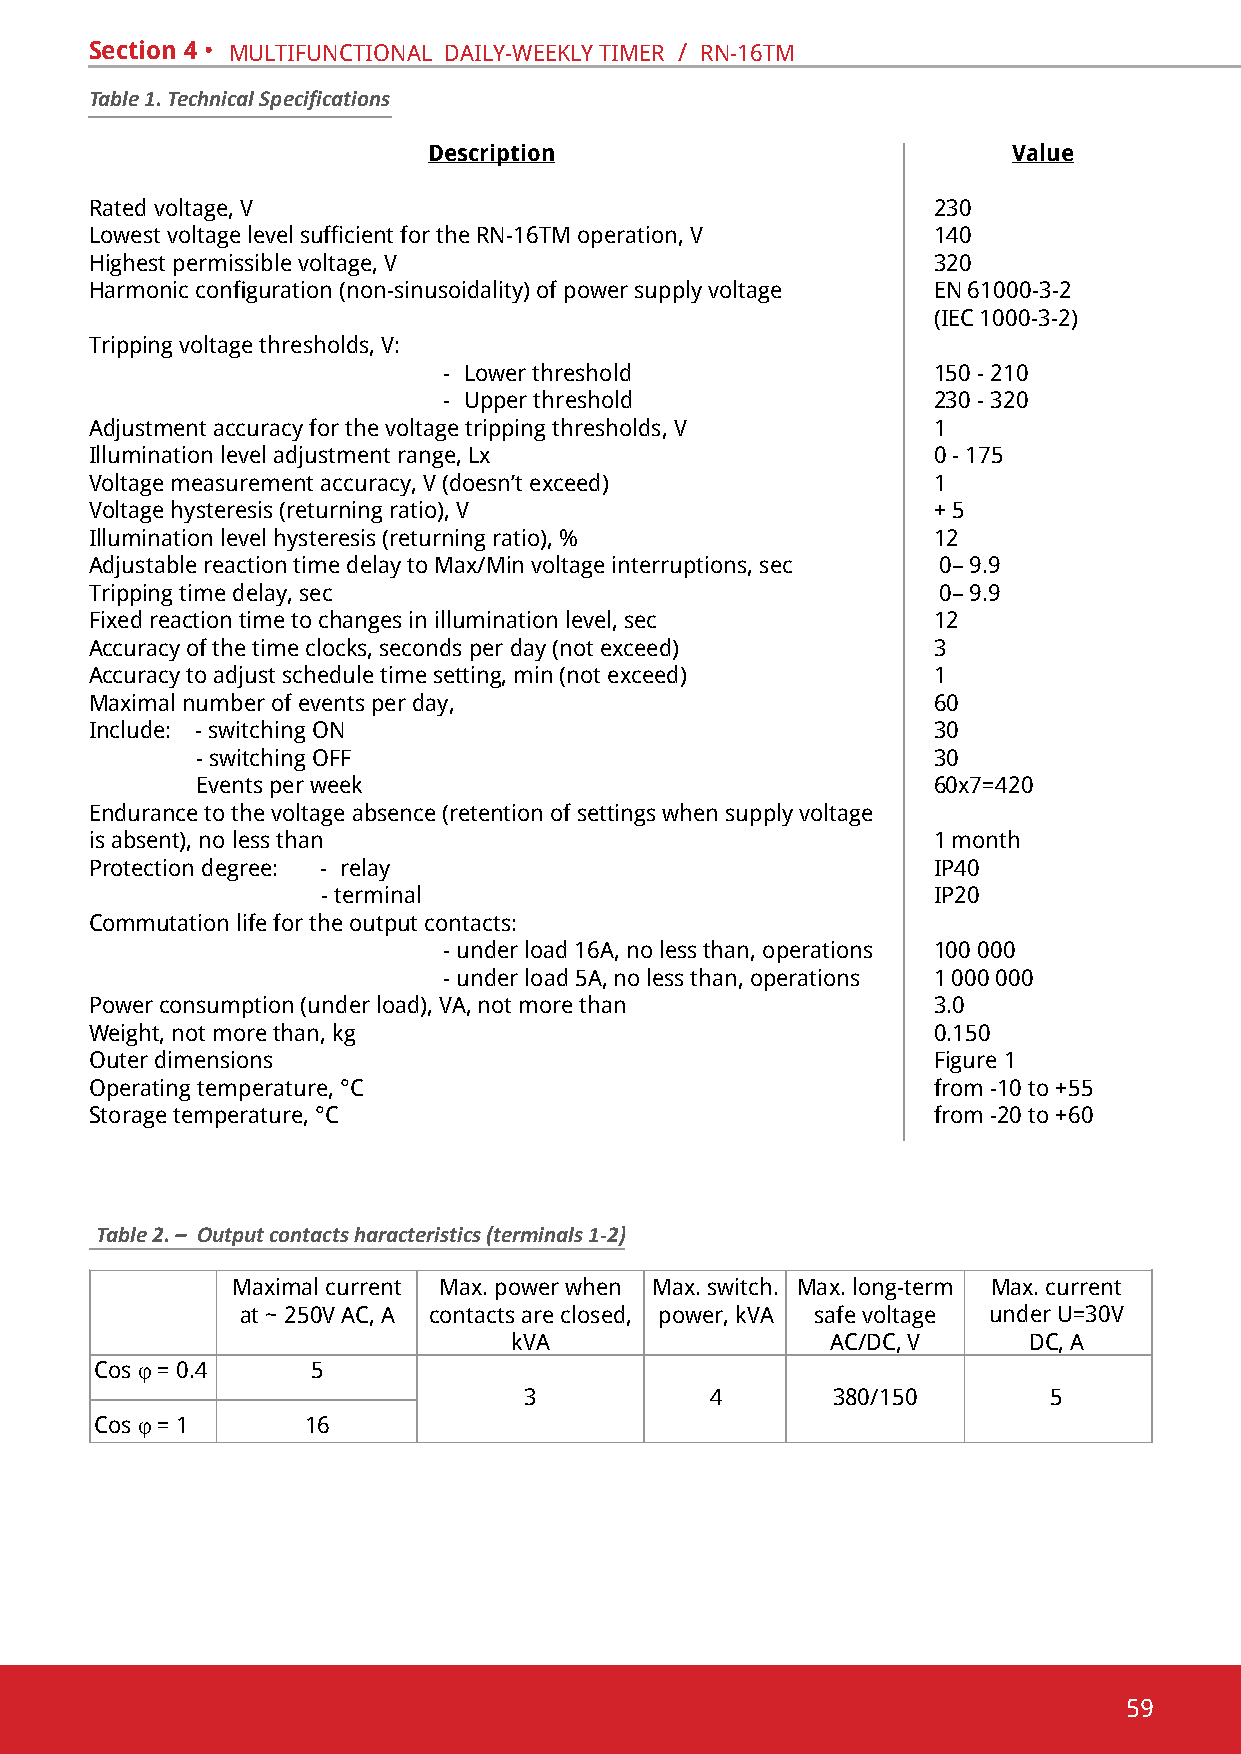
Section 4 • multifunctional dailY-WeeKlY timeR / Rn-16tm
 Table 1. Technical Specifications
 Description                            Value
 Rated voltage, v                                        230
 Lowest voltage level sufficient for the RN-16TM operation, V 140
 highest permissible voltage, v                          320
 Harmonic configuration (non-sinusoidality) of power supply voltage en 61000-3-2
 (iec 1000-3-2)
 tripping voltage thresholds, v:
 - lower threshold                150 - 210
 - upper threshold                230 - 320
 adjustment accuracy for the voltage tripping thresholds, v 1
 Illumination level adjustment range, Lx                 0 - 175
 Voltage measurement accuracy, V (doesn’t exceed)        1
 voltage hysteresis (returning ratio), v                 + 5
 illumination level hysteresis (returning ratio), %      12
 Adjustable reaction time delay to Max/Min voltage interruptions, sec 0– 9.9
 tripping time delay, sec                                0– 9.9
 Fixed reaction time to changes in illumination level, sec 12
 Accuracy of the time clocks, seconds per day (not exceed) 3
 Accuracy to adjust schedule time setting, min (not exceed) 1
 Maximal number of events per day,                       60
 include: - switching on                                 30
 - switching off                                  30
 events per week                                  60х7=420
 endurance to the voltage absence (retention of settings when supply voltage
 is absent), no less than                                1 month
 protection degree: - relay                              ІР40
 - terminal                               ІР20
 commutation life for the output contacts:
 - under load 16А, no less than, operations 100 000
 - under load 5a, no less than, operations 1 000 000
 power consumption (under load), va, not more than       3.0
 Weight, not more than, kg                               0.150
 outer dimensions                                        figure 1
 Operating temperature, °С                               from -10 to +55
 Storage temperature, °С                                 from -20 to +60
 Table 2. – Output contacts haracteristics (terminals 1-2)
 Maximal current Max. power when Max. switch. Max. long-term Max. current
 at ~ 250v ac, a contacts are closed, power, kva safe voltage under u=30v
 kva                  ac/dc, v     dc, a
 cos j = 0.4    5
 3           4       380/150       5
 cos j = 1     16
 59